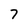
Character: 7